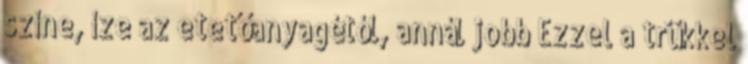
színe, íze az etetőanyagétól, annál jobb Ezzel a trükkel